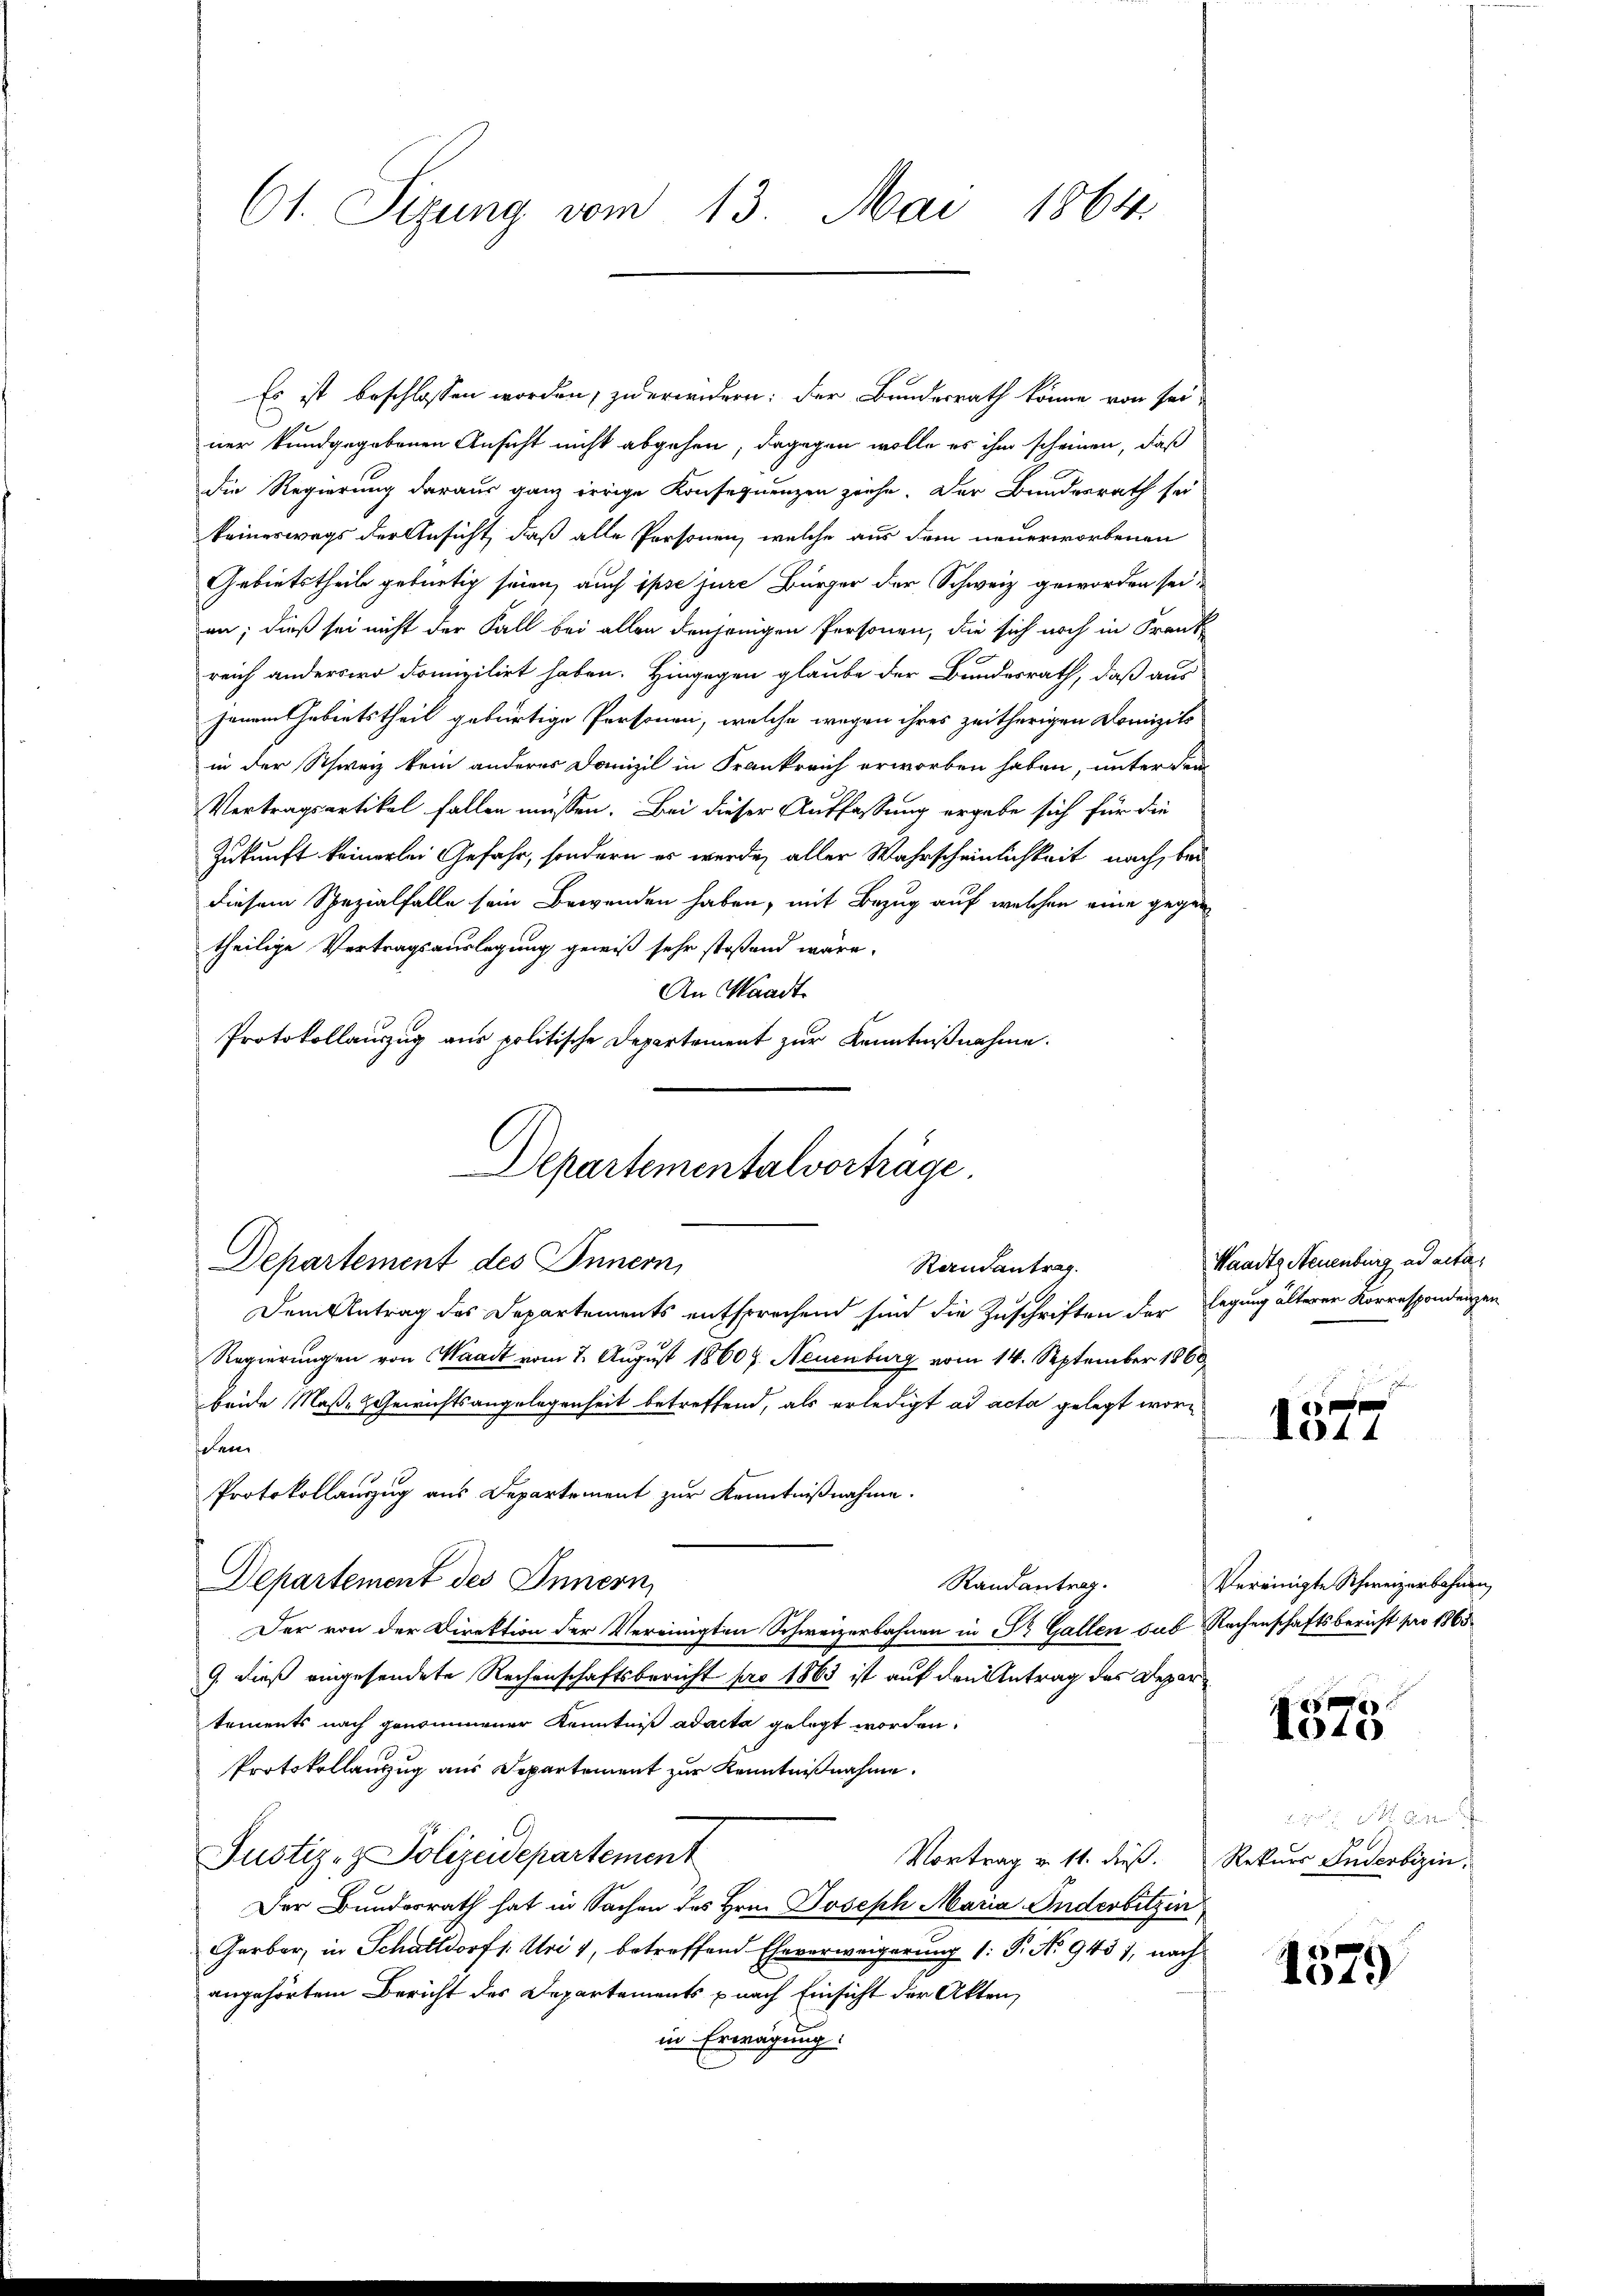
Ct. Sizung vom 13. Mai 1864.

Es ist beschlossen worden, zuerindern: der Bundesrath könne von seiner kundgegebenen Ansicht nicht abgehen; dagegen wolle es ihm scheinen, daß
die Regierung daraus ganz irrige Konsequenzen ziehe. Der Bundesrath sei
keineswegs der Ansicht, daß alle Personen, welche aus dem neuerworbenen
Gebietstheile gebürtig seien, auch ipse jure Bürger der Schweiz geworden sei,
an; dieß sei nicht der Fall bei allen denjenigen Personen, die sich noch in Frank-
reich anderswo domizilirt haben. Hingegen glaube der Bundesrath, daß aus
jenem Gebietstheil gebürtige Personen, welche wegen ihres zeitherigen Domizils
in der Schweiz kein anderes Danizil in Frankreich erworben haben, unter dem
Vertragsartikel fallen müssen. Bei dieser Auffassung ergebe sich für die
Zukunft keinerlei Gefahr, sondern es werde, aller Wahrscheinlichkeit nach, bei
diesem Spezialfalle sein Bewenden haben, mit Bezug auf welchen eine gegen
theilige Vertragsauslegung gewiß sehr stoßend wäre.
An Waadt
Protokollauszug aus politische Departement zur Kenntnißnahme.

Departementalvorträge.
Departement des Innern,
Randantrag.

Dem Antrag des Departements entsprechend sind die Zuschriften der Legung älterer Korrespondenzen
Regierungen von Waadt vom 7. August 1860 f. Neuenburg vom 14. September 1868
beide Maße Gewichtsangelegenheit betreffend, als erledigt ad acta gelegt worelan
Protokollauszug aus Departement zur Kenntnißnahme.
Departement des Innern,
Randantrag.
Der von der Direktion der Vereinigten Schweizerbahnen in Dr. Gallen sub Rachenschaftsbericht pro 1865.
9. dieß eingesendete Rechenschaftsbericht pro 1863 ist auf den Antrag des Departements nach genommener Kenntniß ad acta gelegt worden.
Protokollanzug aus Departement zur Kenntnißnahme.
Justiz- & Polizeidepartement
Vortrag v. 11. dieß. Rekurs Inderbizin,
Der Bundesrath hat in Sachen des Hrn. Joseph Maria Anderbitzin
Garbar, in Schalldorf 1: Uri 1, betreffend Eheverweigerung (: P. No 943), nach
angehörtem Bericht des Departements nach Einsicht der Akten,
in Erwägung:

Waadt, Neuenburg ad acta¬

e
1044

Vereinigte Schweizerbahnen,

1575

20 x

1379